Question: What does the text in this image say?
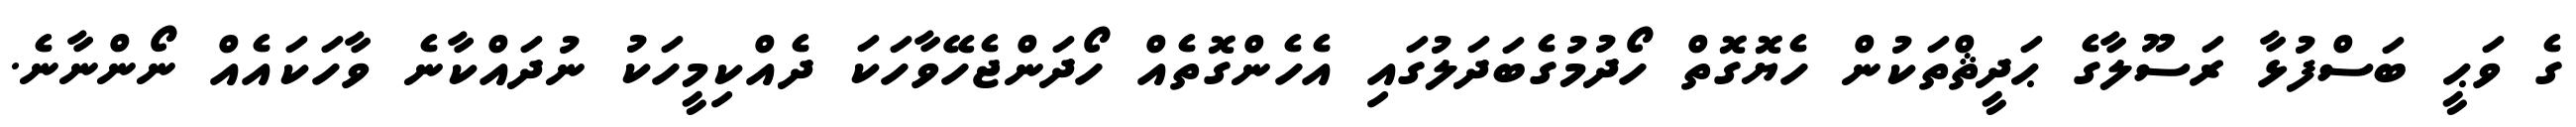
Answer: ގެ ވަޙީ ބަސްފުޅާ ރަސޫލާގެ ޙަދީޘްތަކުން ހެޔޮގޮތް ހޯދުމުގެބަދަލުގައި އެހެންގޮތެއް ހޯދަންޖެހޭވާހަކަ ދެއްކިމީހަކު ނުދައްކާނެ ވާހަކައެއް ނޯންނާނެ.